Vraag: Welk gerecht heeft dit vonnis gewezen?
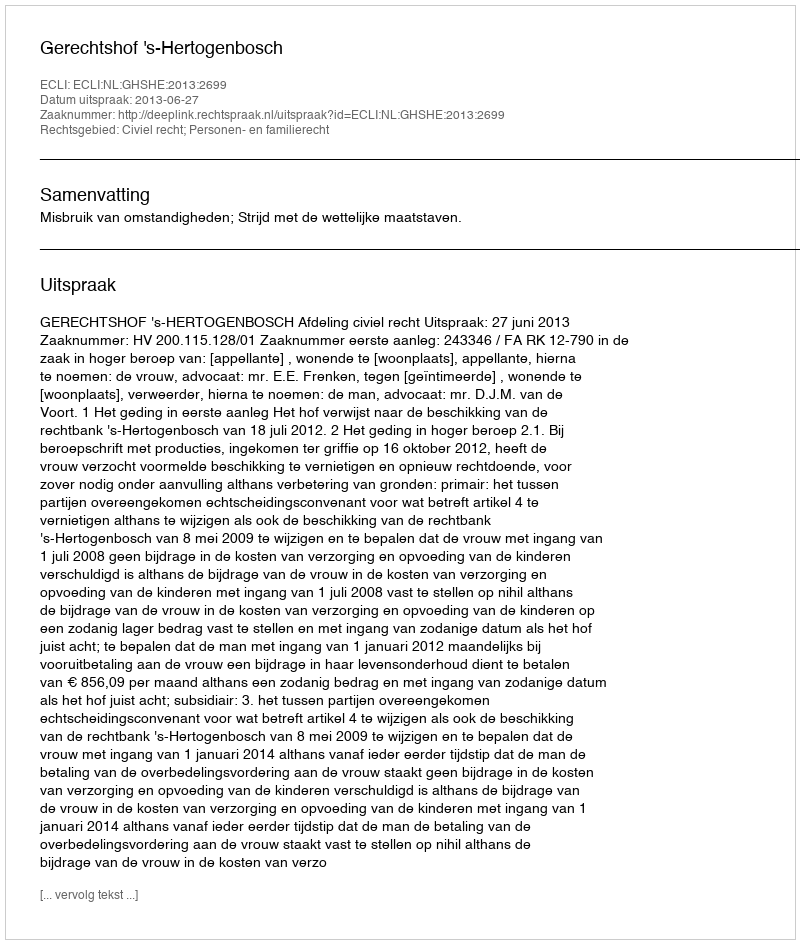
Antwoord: Gerechtshof 's-Hertogenbosch